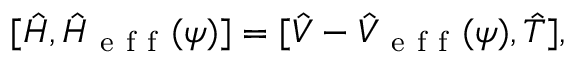
\lbrack \hat { H } , \hat { H } _ { \mathrm { ~ e ~ f ~ f ~ } } ( \psi ) ] = [ \hat { V } - \hat { V } _ { \mathrm { ~ e ~ f ~ f ~ } } ( \psi ) , \hat { T } ] ,